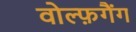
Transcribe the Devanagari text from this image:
वोल्फ़गैंग